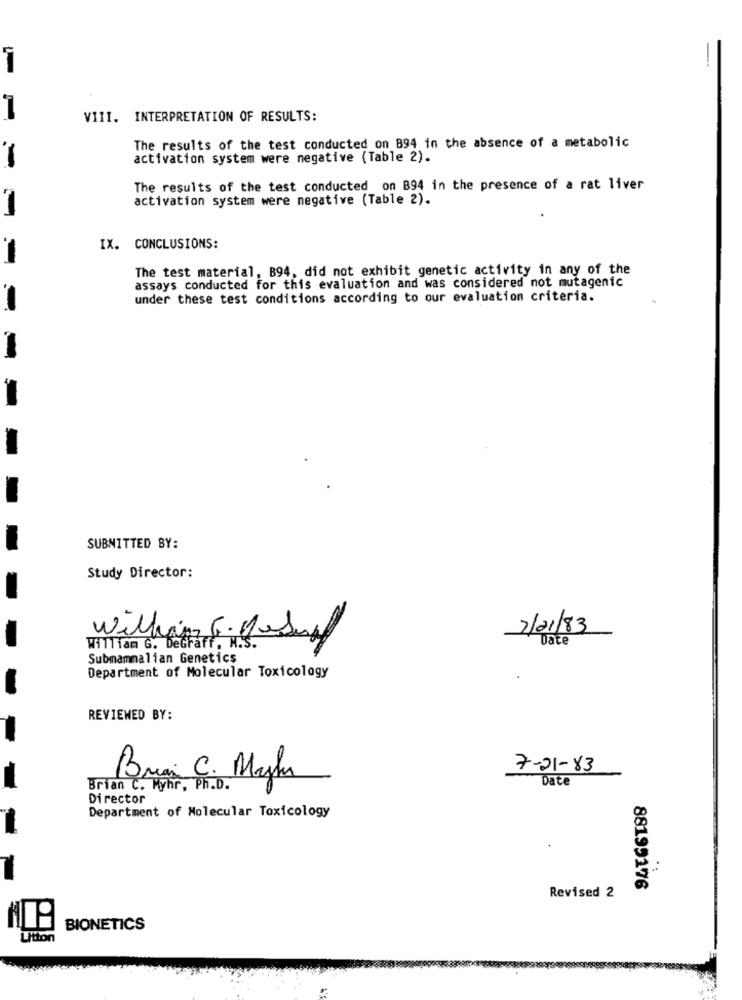
VIII. INTERPRETATION OF RESULTS:
The results of the test conducted_on 894 in the absence of a metabolic
activation system were negative (Table 2).
-
The results of the test conducted on B94 in the presence of a rat liver
activation system were negative (Table 2).
IX. CONCLUSIONS:
The test material, B94, did not exhibit genetic activity in any of the
assays conducted for this evaluation and was considered not mutagenic
under these test conditions according to our evaluation criteria.
SUBMITTED BY:
Study Director:
2/21/83
Date
William G. DeGraff. M.S.
William G.DeSuaf
Submammalian Genetics
Department of Molecular Toxicology
REVIEWED BY:
7-01-83
Brian C. Myha
Date
Brian C. Myhr, Ph.D.
Director
Department of Molecular Toxicology
88199176
Revised 2
BIONETICS
Litton